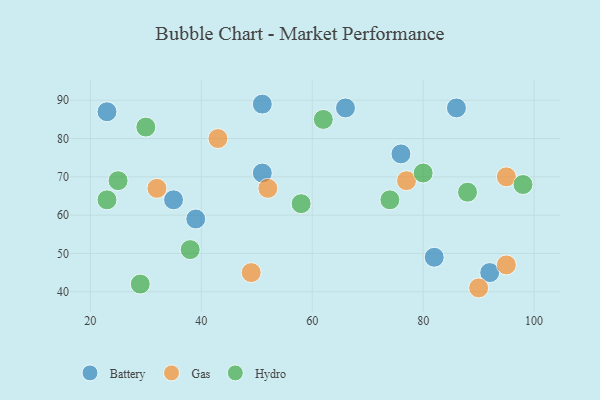
{"axis": {"x": "GDP", "y": "Life Expectancy"}, "legend": ["Battery", "Gas", "Hydro"], "data": [{"x": "39", "y": 59, "type": "Battery"}, {"x": "23", "y": 87, "type": "Battery"}, {"x": "82", "y": 49, "type": "Battery"}, {"x": "66", "y": 88, "type": "Battery"}, {"x": "51", "y": 89, "type": "Battery"}, {"x": "76", "y": 76, "type": "Battery"}, {"x": "86", "y": 88, "type": "Battery"}, {"x": "51", "y": 71, "type": "Battery"}, {"x": "35", "y": 64, "type": "Battery"}, {"x": "92", "y": 45, "type": "Battery"}, {"x": "90", "y": 41, "type": "Gas"}, {"x": "95", "y": 47, "type": "Gas"}, {"x": "49", "y": 45, "type": "Gas"}, {"x": "52", "y": 67, "type": "Gas"}, {"x": "77", "y": 69, "type": "Gas"}, {"x": "43", "y": 80, "type": "Gas"}, {"x": "95", "y": 70, "type": "Gas"}, {"x": "32", "y": 67, "type": "Gas"}, {"x": "30", "y": 83, "type": "Hydro"}, {"x": "58", "y": 63, "type": "Hydro"}, {"x": "38", "y": 51, "type": "Hydro"}, {"x": "62", "y": 85, "type": "Hydro"}, {"x": "23", "y": 64, "type": "Hydro"}, {"x": "80", "y": 71, "type": "Hydro"}, {"x": "25", "y": 69, "type": "Hydro"}, {"x": "29", "y": 42, "type": "Hydro"}, {"x": "88", "y": 66, "type": "Hydro"}, {"x": "98", "y": 68, "type": "Hydro"}, {"x": "74", "y": 64, "type": "Hydro"}]}